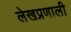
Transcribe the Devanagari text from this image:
लेखप्रणाली